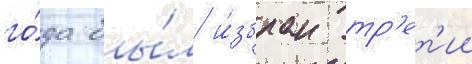
го́да бы́л и́збран тр'ет'ии